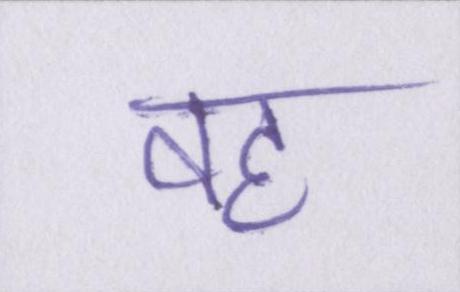
वह